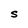
Character: S